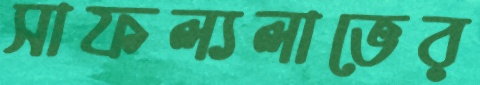
সাফল্যলাভের